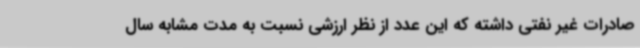
صادرات غیر نفتی داشته که این عدد از نظر ارزشی نسبت به مدت مشابه سال